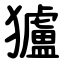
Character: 獹